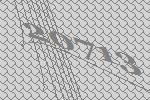
20713